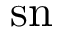
\, \mathrm { { s n \! } }